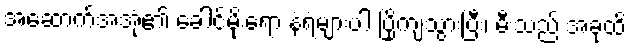
အဆောက်အအုံ၏ ခေါင်မိုးရော နံရံများပါ ပြိုကျသွားပြီး၊ မီးသည် အခုထိ